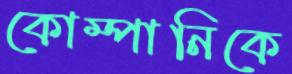
কোম্পানিকে